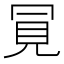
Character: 𧠊